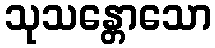
သုသန္တောသော